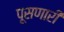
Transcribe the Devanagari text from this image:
पूसणारी